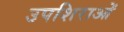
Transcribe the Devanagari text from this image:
उपशिराओं